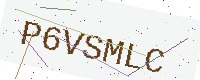
Text: P6VSMLC